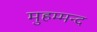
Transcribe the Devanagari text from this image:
मुहम्मन्द